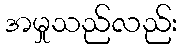
အမှုသည်လည်း